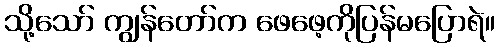
သို့သော် ကျွန်တော်က ဖေဖေ့ကိုပြန်မပြောရဲ။